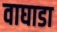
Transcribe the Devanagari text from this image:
वाघाडा